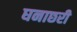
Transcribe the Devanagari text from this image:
घनाछरी